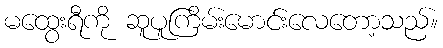
မထွေးရီကို ဆူပူကြိမ်းမောင်းလေတော့သည်။